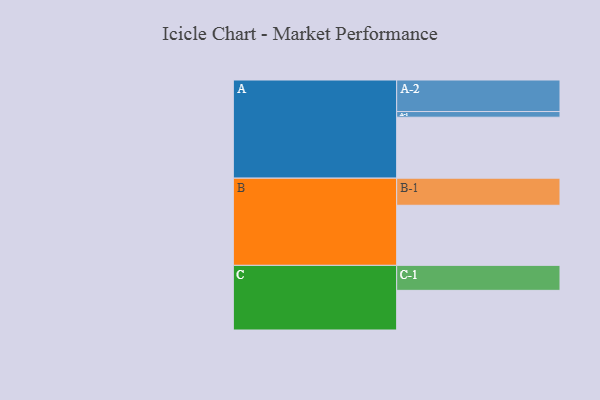
{"axis": {"x": "Segment", "y": "Value"}, "legend": ["", "A", "B", "C"], "data": [{"x": "A", "y": 549, "type": ""}, {"x": "B", "y": 541, "type": ""}, {"x": "C", "y": 357, "type": ""}, {"x": "A-1", "y": 51, "type": "A"}, {"x": "A-2", "y": 284, "type": "A"}, {"x": "B-1", "y": 244, "type": "B"}, {"x": "C-1", "y": 225, "type": "C"}]}